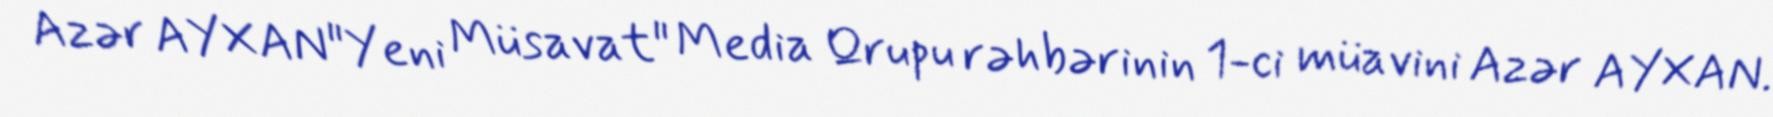
Azər AYXAN"Yeni Müsavat" Media Qrupu rəhbərinin 1-ci müavini Azər AYXAN.